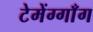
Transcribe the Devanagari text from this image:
टेमेंग्गाँग